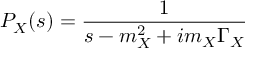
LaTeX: { \cal P } _ { X } ( s ) = \frac { 1 } { s - m _ { X } ^ { 2 } + i m _ { X } \Gamma _ { X } }